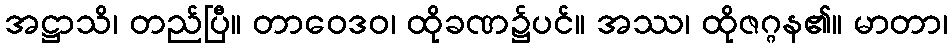
အဋ္ဌာသိ၊ တည်ပြီ။ တာဝေဒဝ၊ ထိုခဏ၌ပင်။ အဿ၊ ထိုဇဂ္ဂန၏။ မာတာ၊